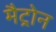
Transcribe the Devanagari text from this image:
मैट्रोन